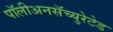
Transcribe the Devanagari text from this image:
पॉलीअनसॅच्युरेटेड